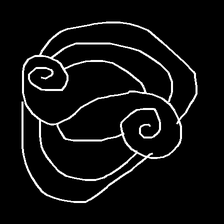
Glyph: wind-underfoot